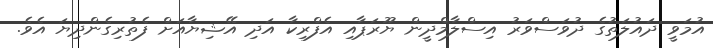
އުމަވީ ދައުލަތުގެ ދުވަސްވަރު އިސްލާމްދީން ޔޫރަޕާއި އެފްރިކާ އަދި އޭޝިޔާއަށް ފެތުރިގެންދިޔަ އެވެ.